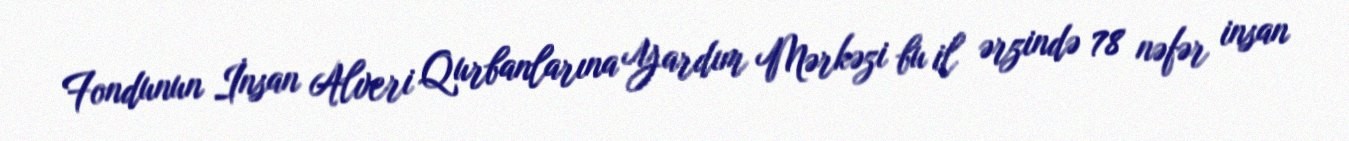
Fondunun İnsan Alveri Qurbanlarına Yardım Mərkəzi bu il ərzində 78 nəfər insan